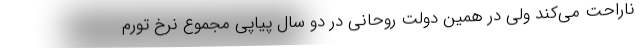
ناراحت می‌کند ولی در همین دولت روحانی در دو سال پیاپی مجموع نرخ تورم